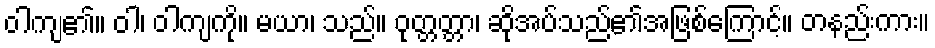
ဝါကျ၏။ ဝါ၊ ဝါကျကို။ မယာ၊ သည်။ ဝုတ္တတ္တာ၊ ဆိုအပ်သည်၏အဖြစ်ကြောင့်။ တနည်းကား။